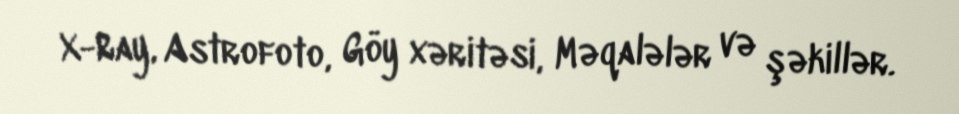
X-Ray, Astrofoto, Göy xəritəsi, Məqalələr və şəkillər.